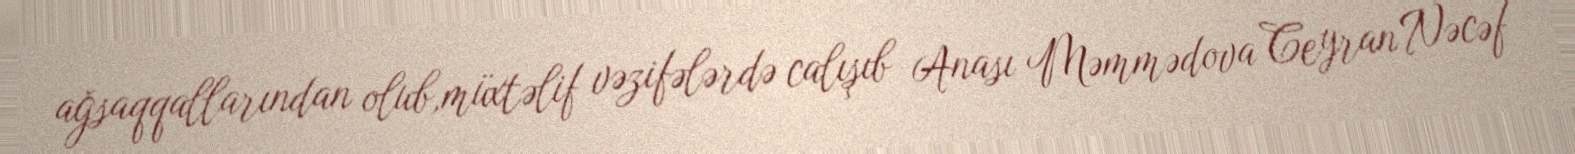
ağsaqqallarından olub,müxtəlif vəzifələrdə calışıb Anası Məmmədova Ceyran Nəcəf